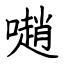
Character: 𡁻